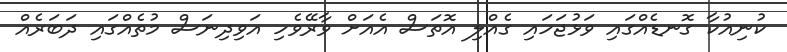
ކުނިއުކާ ގޮނޑެއްގައި ވަޅުޖަހައި ގެއްލި އޮތަސް އެއަށް ވާރޭވެހި އަވިދިނަސް މުތެއްގައި ދަބަރެއް